Vabadussoja_Ajaloo_Komitee, lk 34
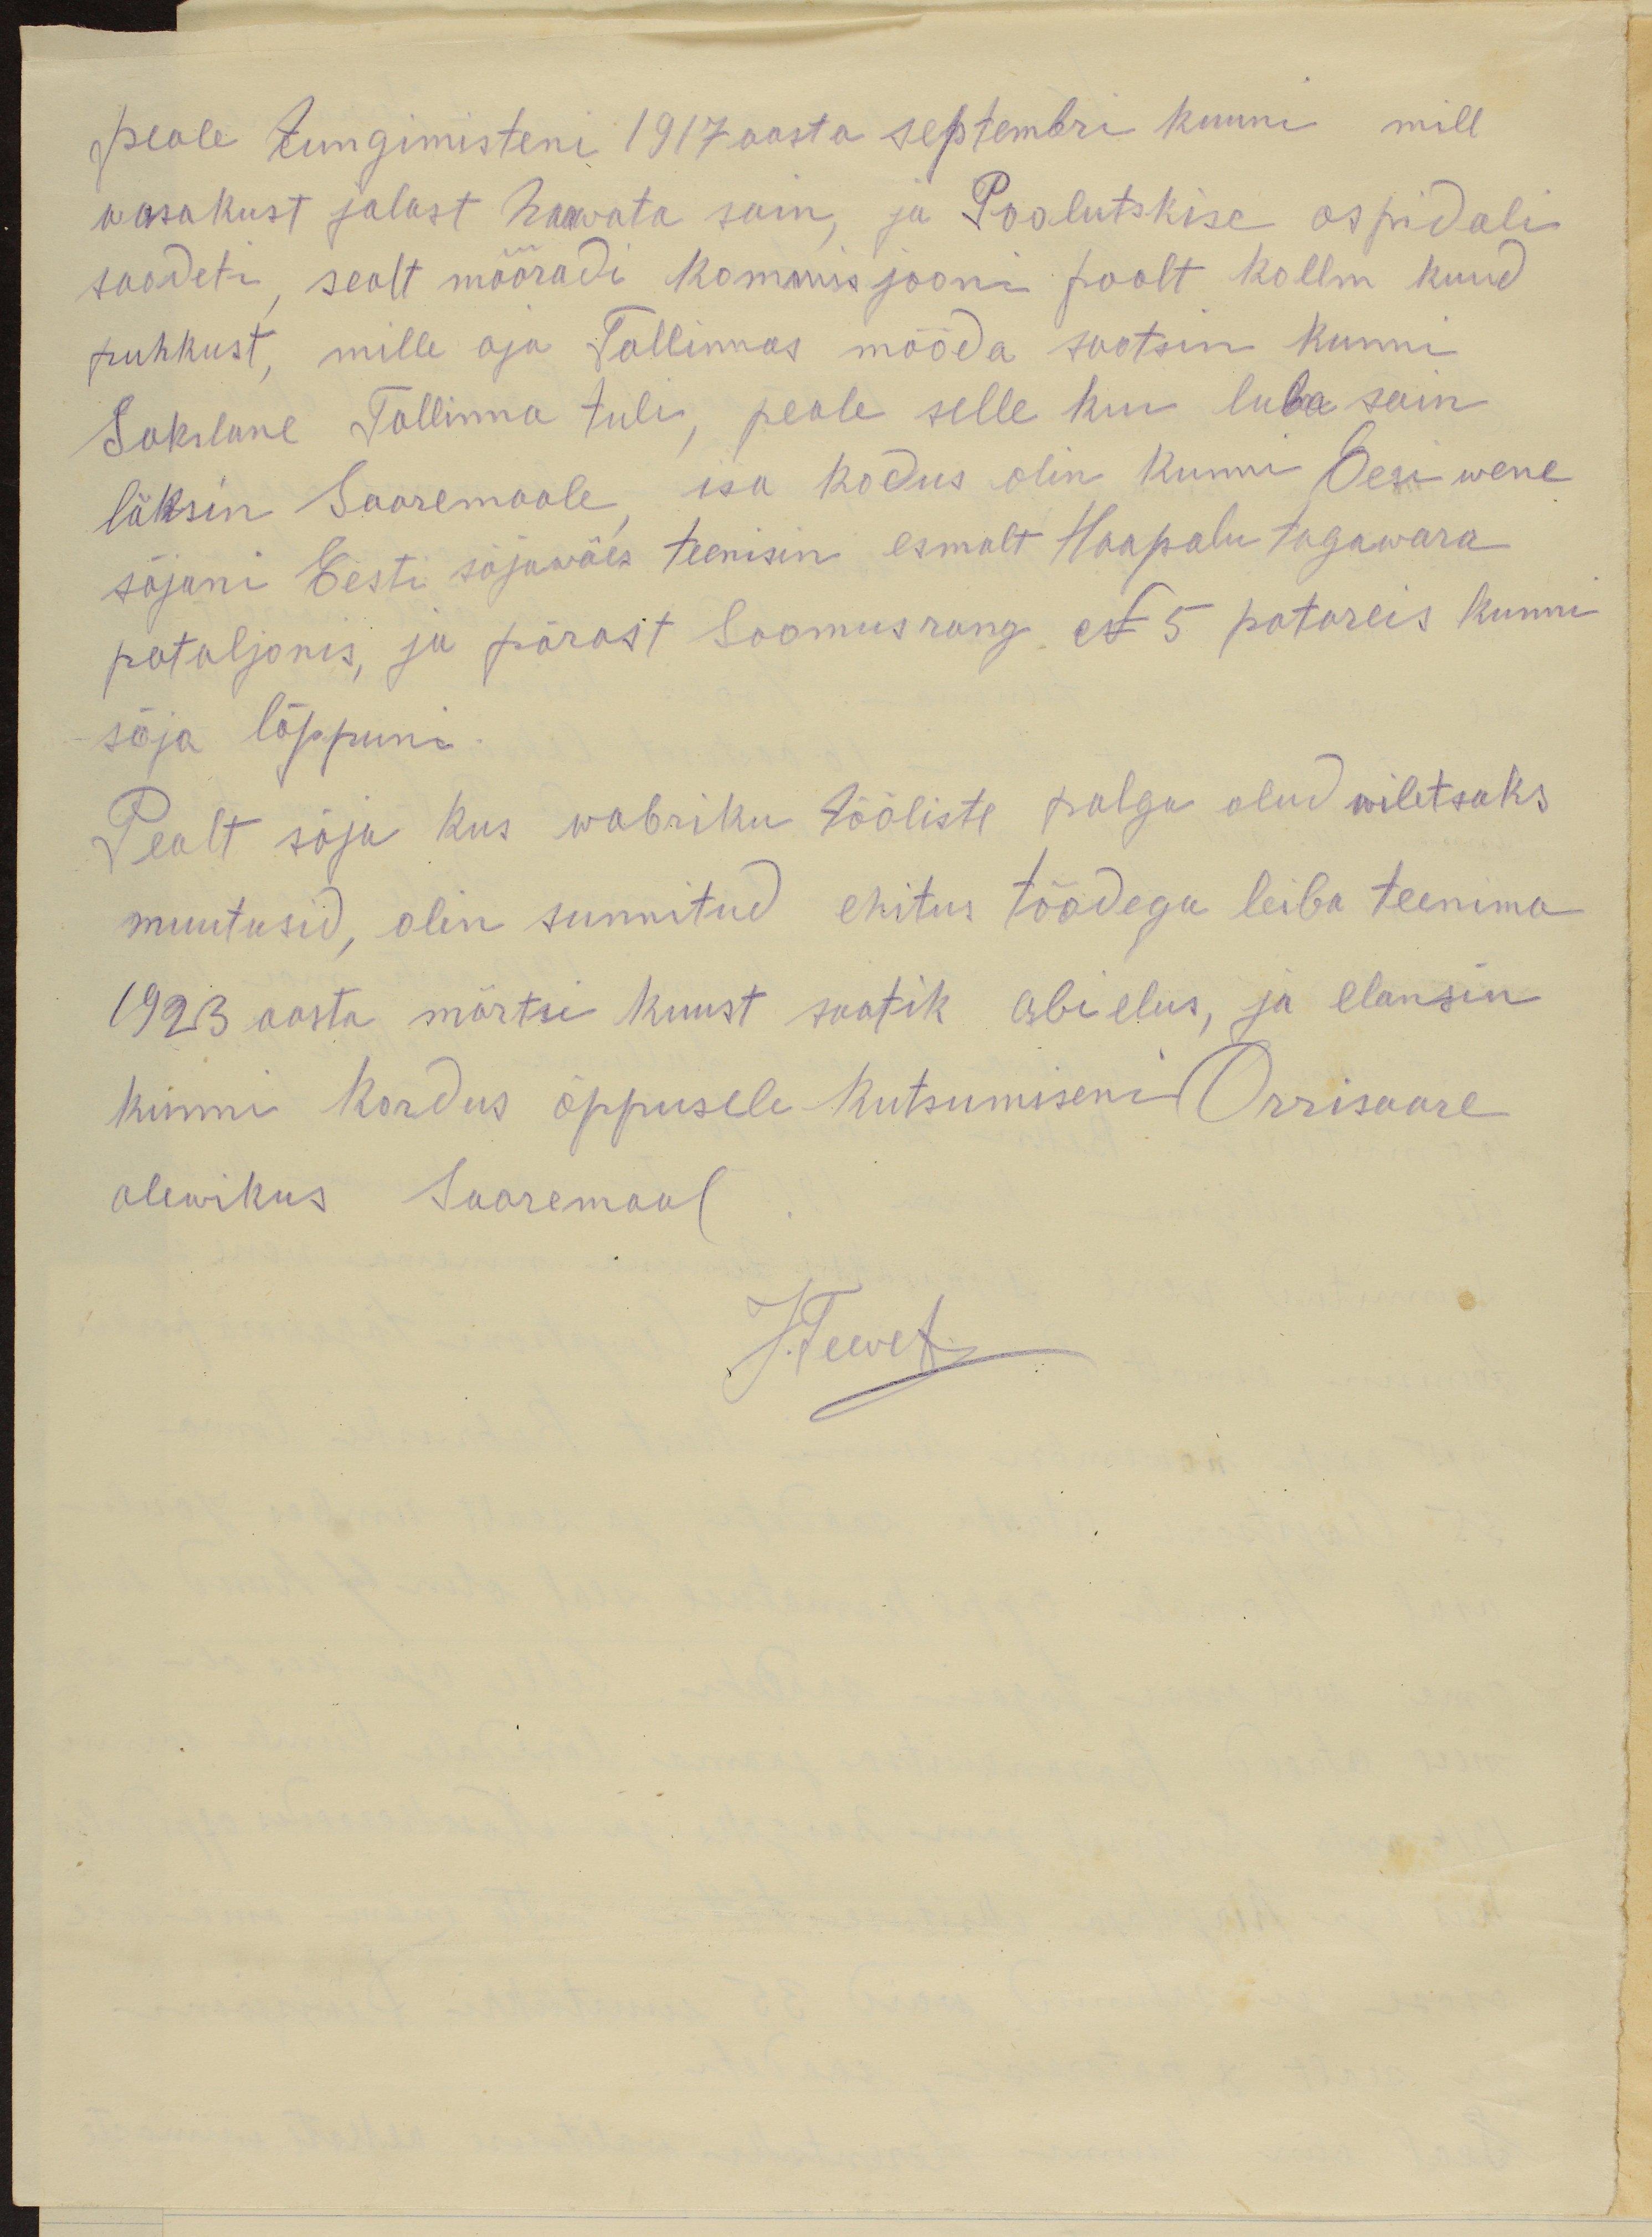
peale tungimisteni 1917 aasta septembri kunni mill
wasakust jalast haawata sain, ja Poolutskise ospidalis
saadeti, sealt määradi Kommisjooni poolt kollm kuud
puhkust, mille ajal Tallinnas mööda saatsin kunni
Sakslane Tallinna tuli, peale selle kuni luba sain
läksin Saaremaale, isa kodus olin kunni Eesi wene
sõjani Eesti sõjawäes teenisin esmalt Haapsalu tagawara
pataljonis, ja pärast Soomusrongi N 5 patareis kunni
sõja lõppuni.
Pealt sõja kus wabriku tööliste palga olud wiletsaks
muutusid, olin sunnitud ehitus töödega leiba teenima.
1923 aasta märtsi kuust saatik abielus, ja elansin
kunni kordus õppusele kutsumiseni Orrisaare
alewikus Saaremaal.
JTewet